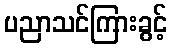
ပညာသင်ကြားခွင့်